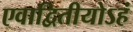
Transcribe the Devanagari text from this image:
एवाद्वितीयोऽहं